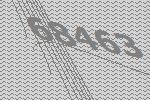
68463